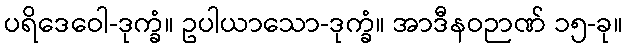
ပရိဒေဝေါ-ဒုက္ခံ။ ဥပါယာသော-ဒုက္ခံ။ အာဒီနဝဉာဏ် ၁၅-ခု။